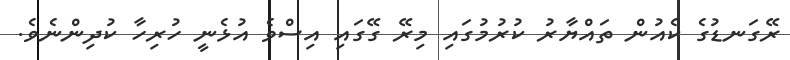
ރޭގަނޑުގެ ކެއުން ތައްޔާރު ކުރުމުގައި މިރޭ ގޭގައި އިސްވެ އުޅެނީ ހުރިހާ ކުދިންނެވެ.